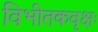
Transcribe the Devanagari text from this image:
विभीतकवृक्षः